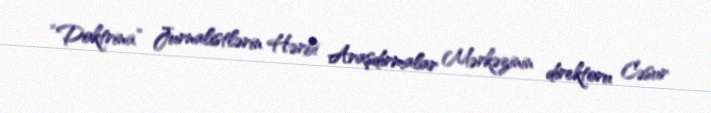
“Doktrina” Jurnalistlərin Hərbi Araşdırmalar Mərkəzinin direktoru Cəsur